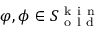
\varphi , \phi \in S _ { \mathrm { ~ o ~ l ~ d ~ } } ^ { \mathrm { ~ k ~ i ~ n ~ } }